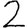
Digit: 2